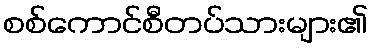
စစ်ကောင်စီတပ်သားများ၏